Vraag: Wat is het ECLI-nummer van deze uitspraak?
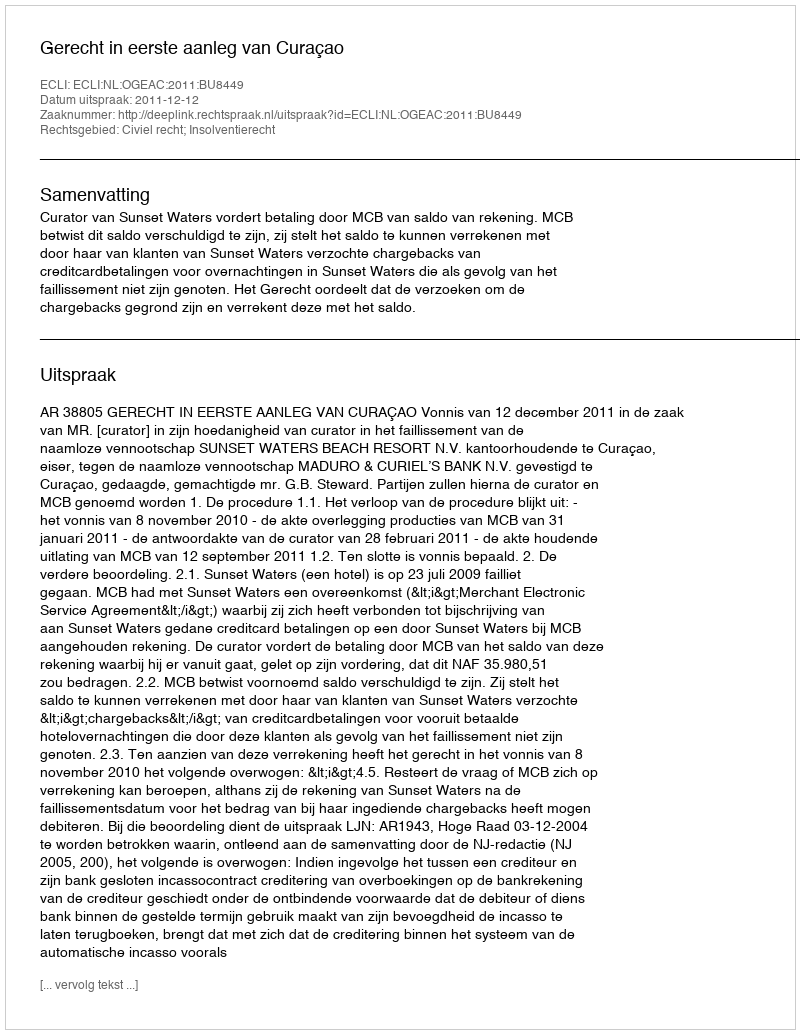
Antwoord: ECLI:NL:OGEAC:2011:BU8449